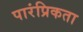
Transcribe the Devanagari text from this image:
पारंप्रिकता